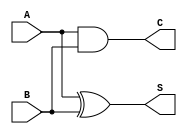
module half_adder (
    input wire A,   // First input bit
    input wire B,   // Second input bit
    output wire S,  // Sum output
    output wire C   // Carry output
);

// Logic for Sum and Carry
assign S = A ^ B;  // Sum is the XOR of A and B
assign C = A & B;  // Carry is the AND of A and B

endmodule